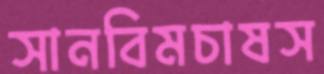
সানবিমচাষস